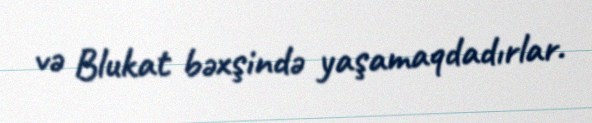
və Blukat bəxşində yaşamaqdadırlar.